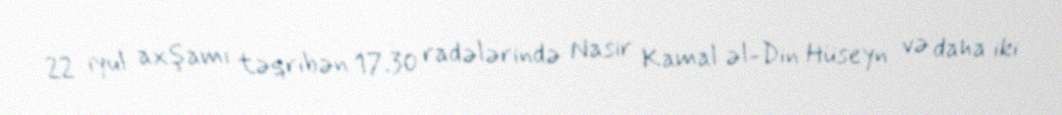
22 iyul axşamı təqribən 17.30 radələrində Nasir Kamal əl-Din Hüseyn və daha iki